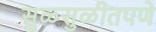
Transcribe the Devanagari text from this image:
सुळसुळीतपणे